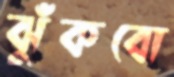
ঝুঁকবো